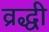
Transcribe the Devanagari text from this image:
व्रद्धी